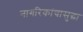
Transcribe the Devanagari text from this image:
नागरिकांचासुद्धा